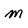
Character: m